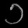
Digit: ၁